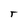
Character: T